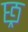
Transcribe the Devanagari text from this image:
छ्र